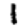
Digit: 1